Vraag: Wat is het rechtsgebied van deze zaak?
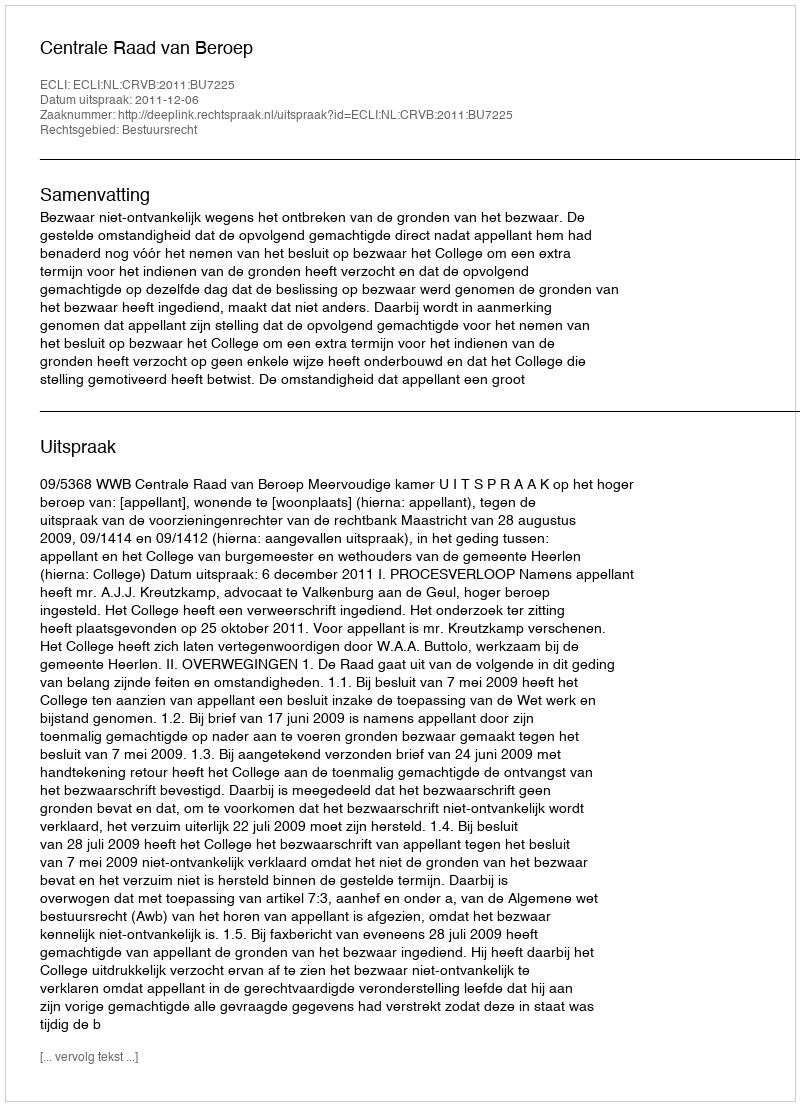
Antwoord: Bestuursrecht